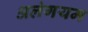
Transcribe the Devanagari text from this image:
अलंगयम